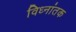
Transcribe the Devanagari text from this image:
विध्नांतक